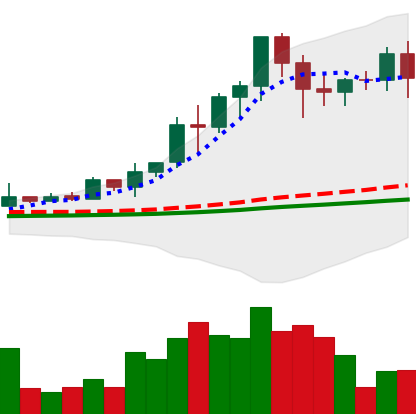
Ticker: EOS-USD
Chart end date: 2021-02-20
Forward return: -24.953%
Label: down_7plus